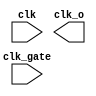
// SPDX-License-Identifier: Apache-2.0
// Copyright (C) 2019 Intel Corporation. 
//-----------------------------------------------------------------------------
//  Clock gate using OR.
//-----------------------------------------------------------------------------
//Gates output clock to 1'b1 when clk_gate=1
//Allows clk --> clk_o when clk_gate=0

module altr_hps_clkgate_or (
  clk,
  clk_gate,
  clk_o
);

// -------------------
// Port declarations
// -------------------

input clk;
input clk_gate;
output clk_o;

// -----
// RTL
// -----

`ifdef ALTR_HPS_INTEL_MACROS_OFF
//assign clk_o = clk | clk_gate;
//fixed behavioral model to match cgc81
reg clk_enable_lat;
 
always @ (clk or clk_gate)
  begin
    if (clk)
      clk_enable_lat <= clk_gate;
  end
 
assign clk_o = clk | clk_enable_lat;

`else

`endif

endmodule